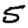
Digit: 5